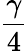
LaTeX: \frac{\gamma}{4}